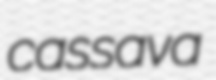
cassava